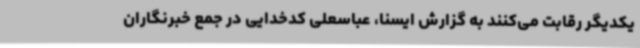
یکدیگر رقابت می‌کنند به گزارش ایسنا، عباسعلی کدخدایی در جمع خبرنگاران